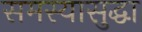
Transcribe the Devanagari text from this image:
समस्यासुद्धा